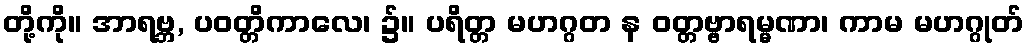
တို့ကို။ အာရဗ္ဘ, ပဝတ္တိကာလေ၊ ၌။ ပရိတ္တ မဟဂ္ဂတ န ဝတ္တဗ္ဗာရမ္မဏာ၊ ကာမ မဟဂ္ဂုတ်